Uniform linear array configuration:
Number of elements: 4
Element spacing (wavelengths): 0.5
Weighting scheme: cosine
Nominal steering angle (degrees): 30
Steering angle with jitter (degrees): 31.922
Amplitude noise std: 0.05
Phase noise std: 0.05

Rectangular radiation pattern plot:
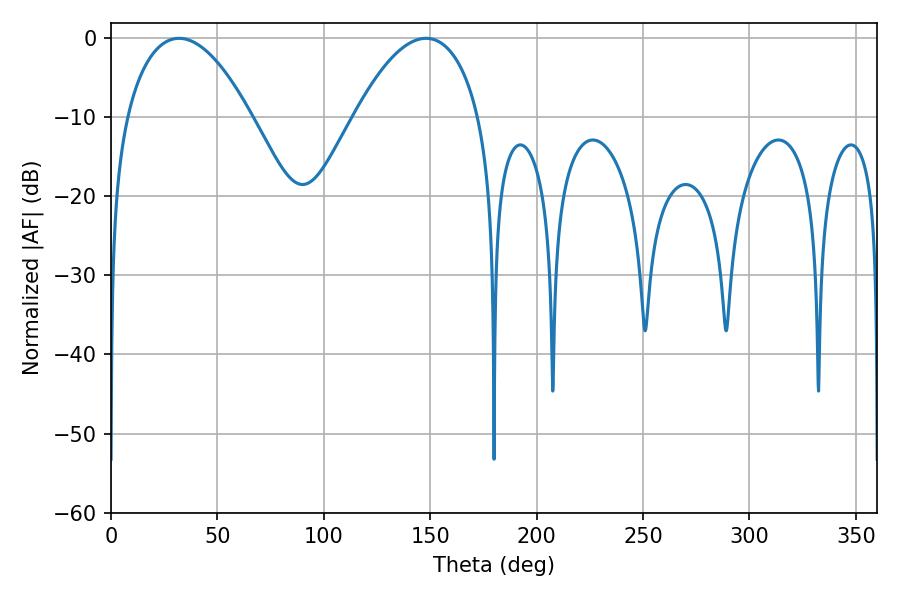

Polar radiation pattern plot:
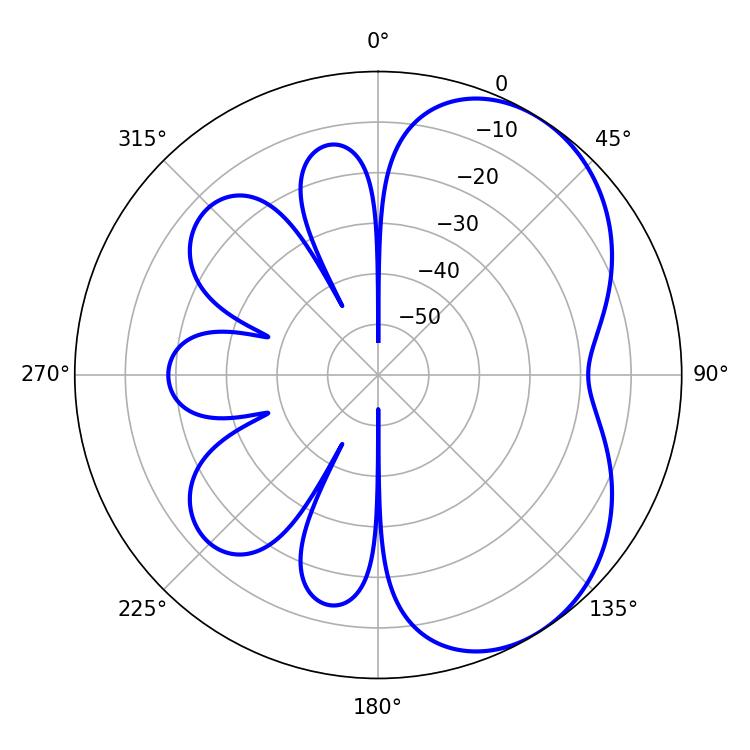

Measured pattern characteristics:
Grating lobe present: FALSE
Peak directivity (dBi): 4.905
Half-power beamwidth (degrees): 32.76
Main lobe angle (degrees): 32.04